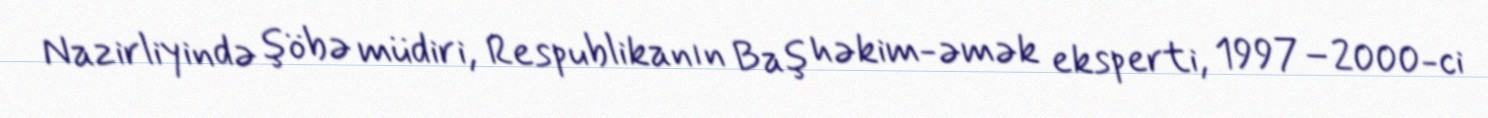
Nazirliyində şöbə müdiri, Respublikanın Baş həkim-əmək eksperti, 1997–2000-ci